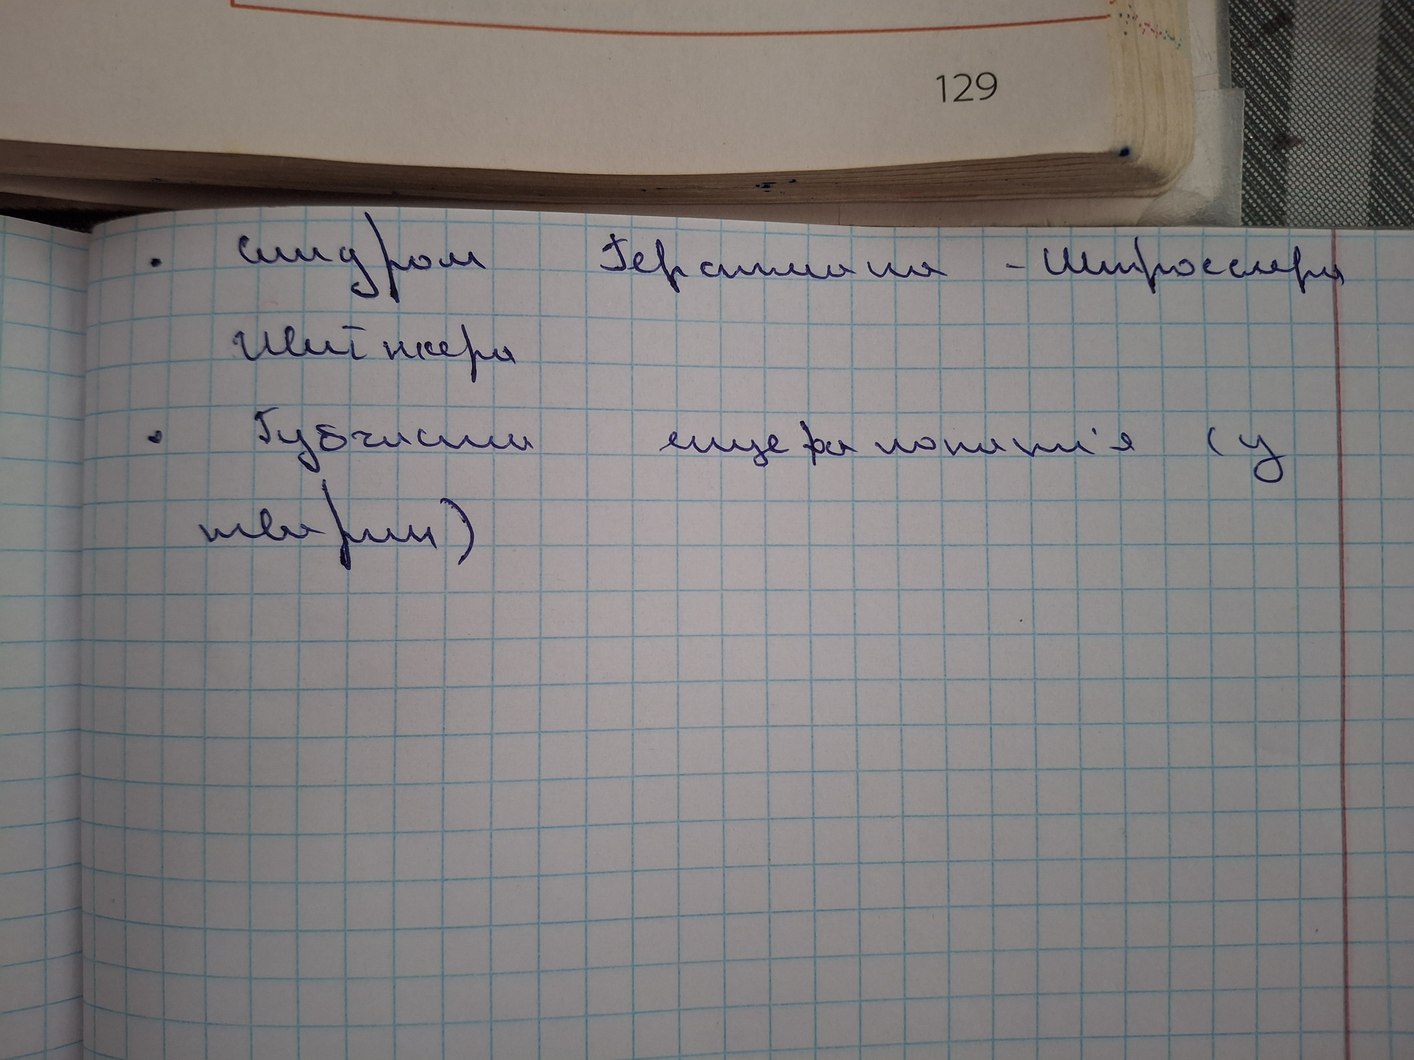
синдром Герасимова - Штросселя
Шейнкера
Губчасті енцефалопатія (у
тварин)